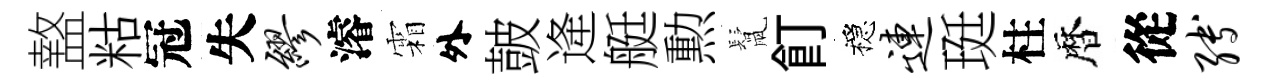
盩䊀冠失缪濬霜外皷逄艇勲鬛飣穩连珽柱暦從缚